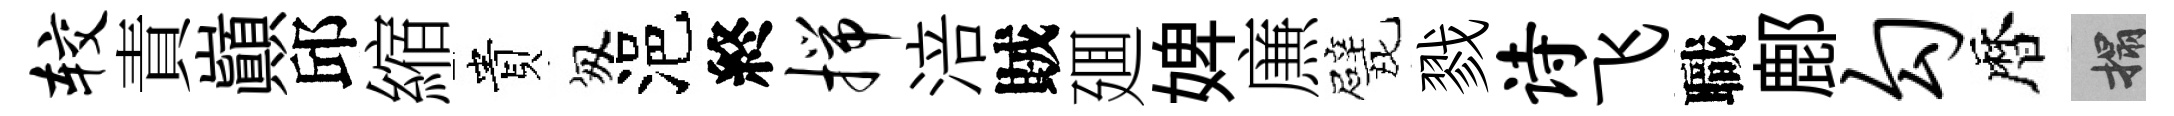
较責巔邱縮貴匆浥終揣涪賊廽婢㢘戏戮诗飞職鄜勾暦搨